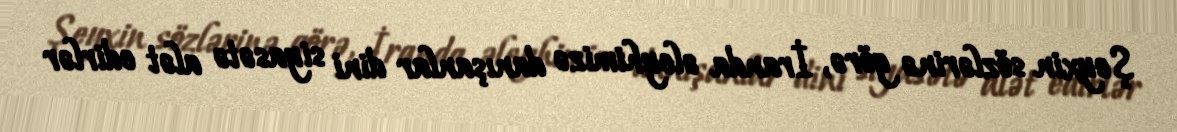
Şeyxin sözlərinə görə, İranda əleyhimizə danışanlar dini siyasətə alət edirlər